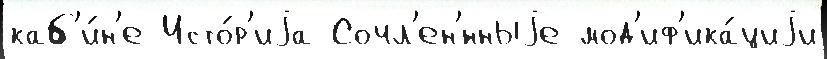
каб'и́н'е Исто́р'иjа Сочл'ен'́нныjе мод'иф'ика́циjи